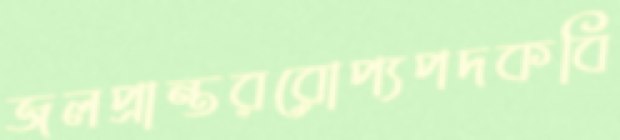
জলপ্রান্তররোপ্যপদকবি